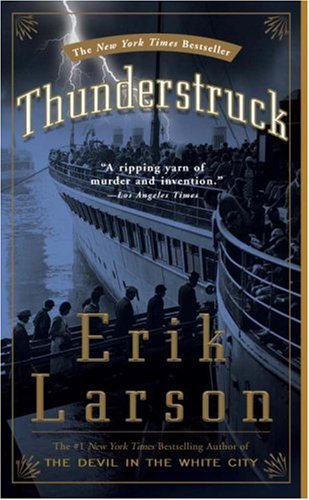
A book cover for Thunderstruck; Erik Larson; Crafts, Hobbies & Home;